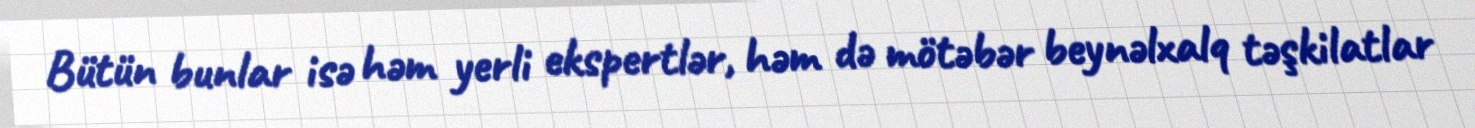
Bütün bunlar isə həm yerli ekspertlər, həm də mötəbər beynəlxalq təşkilatlar